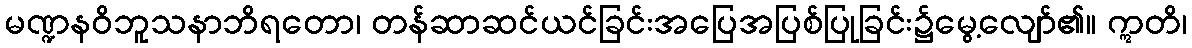
မဏ္ဍနဝိဘူသနာဘိရတော၊ တန်ဆာဆင်ယင်ခြင်းအပြေအပြစ်ပြုခြင်း၌မွေ့လျော်၏။ ဣတိ၊